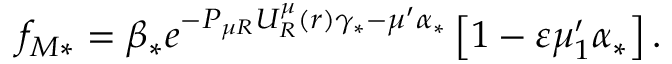
f _ { M \ast } = \beta _ { \ast } e ^ { - P _ { \mu R } U _ { R } ^ { \mu } \left( r \right) \gamma _ { \ast } - \mu ^ { \prime } \alpha _ { \ast } } \left[ 1 - \varepsilon \mu _ { 1 } ^ { \prime } \alpha _ { \ast } \right] .